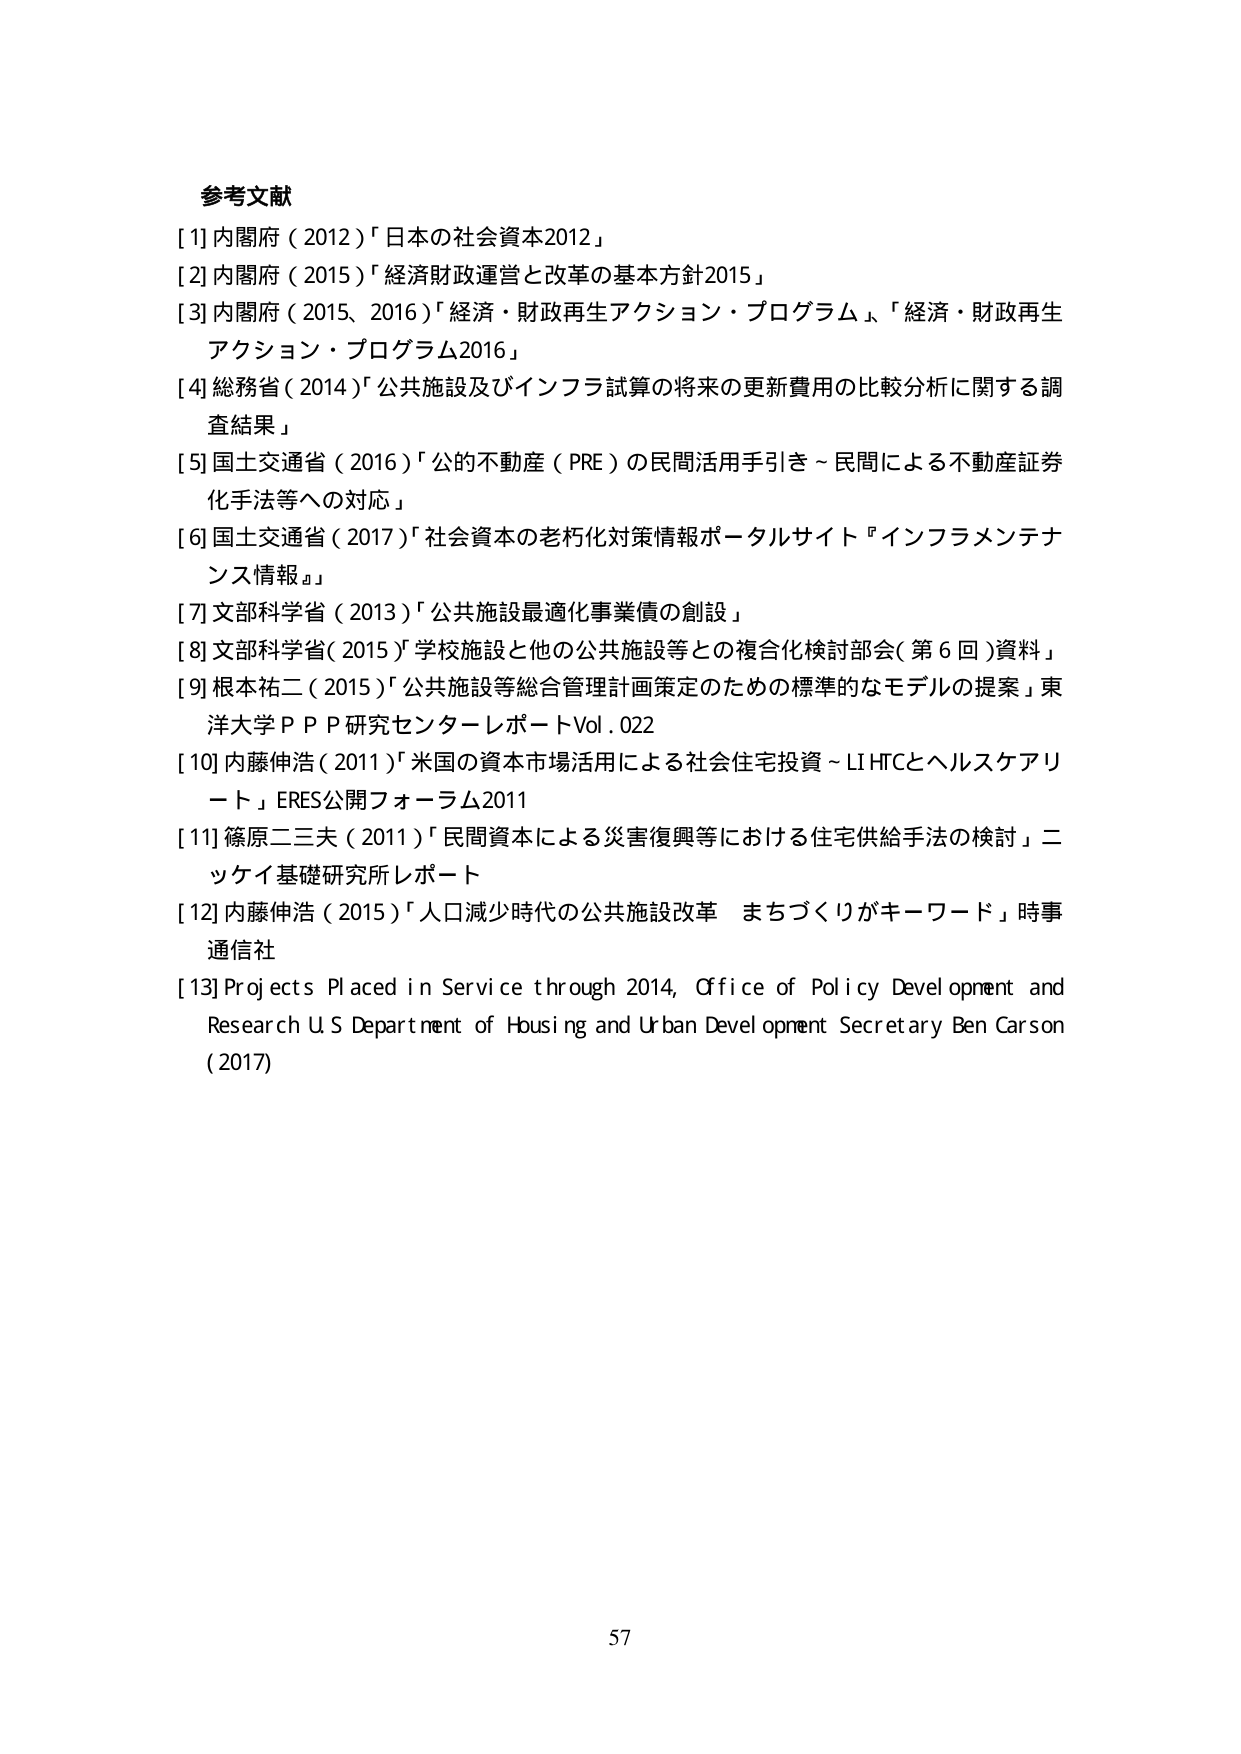
参考文献
[1] 内閣府（2012）「日本の社会資本2012」
[2] 内閣府（2015）「経済財政運営と改革の基本方針2015」
[3] 内閣府（2015、2016）「経済・財政再生アクション・プログラム」、「経済・財政再生アクション・プログラム2016」
[4] 総務省（2014）「公共施設及びインフラ試算の将来の更新費用の比較分析に関する調査結果」
[5] 国土交通省（2016）「公的不動産（PRE）の民間活用手引き～民間による不動産証券化手法等への対応」
[6] 国土交通省（2017）「社会資本の老朽化対策情報ポータルサイト『インフラメンテナンス情報』」
[7] 文部科学省（2013）「公共施設最適化事業債の創設」
[8] 文部科学省（2015）「学校施設と他の公共施設等との複合化検討部会（第6回）資料」
[9] 根本祐二（2015）「公共施設等総合管理計画策定のための標準的なモデルの提案」東洋大学ＰＰＰ研究センターレポートVol.022
[10] 内藤伸浩（2011）「米国の資本市場活用による社会住宅投資～LIHTCとヘルスケアリート」ERES公開フォーラム2011
[11] 篠原二三夫（2011）「民間資本による災害復興等における住宅供給手法の検討」ニッケイ基礎研究所レポート
[12] 内藤伸浩（2015）「人口減少時代の公共施設改革　まちづくりがキーワード」時事通信社
[13] Projects Placed in Service through 2014, Office of Policy Development and Research U.S. Department of Housing and Urban Development Secretary Ben Carson (2017)

57